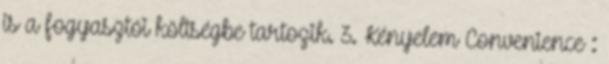
is a fogyasztói költségbe tartozik. 3. Kényelem Convenience :